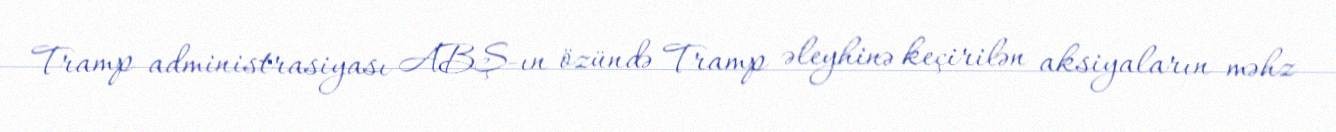
Tramp administrasiyası ABŞ-ın özündə Tramp əleyhinə keçirilən aksiyaların məhz